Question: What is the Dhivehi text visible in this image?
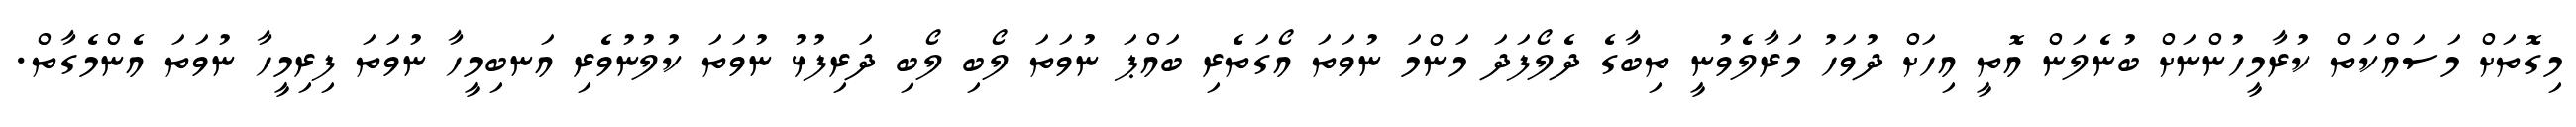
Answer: މިގޮތަށް މަސައްކަތް ކުރާމީހުންނަށް ބުނެލަން އޮތީ އިހަށް ދުވަހު މަރާލެވުނީ ތިބާގެ ދެލޯފަދަ މަންމަ ނުވަތަ އޯގަތެރި ބައްޕަ ނުވަތަ ލޯބި ލޯބި ދަރިފުޅު ނުވަތަ ކުލުނުވެރި އަނބިމީހާ ނުވަތަ ފިރިމީހާ ނުވަތަ އެންމެގާތް.